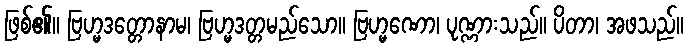
ဖြစ်၏။ ဗြဟ္မဒတ္တောနာမ၊ ဗြဟ္မဒတ္တမည်သော။ ဗြဟ္မဏော၊ ပုဏ္ဏားသည်။ ပိတာ၊ အဖသည်။